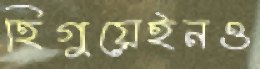
হিগুয়েইনও